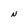
Character: N